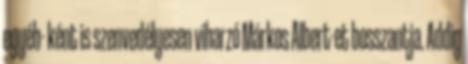
egyéb- ként is szenvedélyesen viharzó Márkos Albert-et bosszantja. Addig